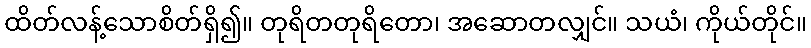
ထိတ်လန့်သောစိတ်ရှိ၍။ တုရိတတုရိတော၊ အဆောတလျှင်။ သယံ၊ ကိုယ်တိုင်။